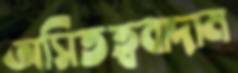
অসিতত্ববাদাম